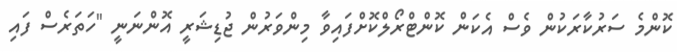
ކޮންމެ ސަރުކާރަކުން ވެސް އެކަން ކޮންޓްރޯލްކޮށްފައިވާ މިންވަރުން ޖުޑިޝަރީ އޮންނަނީ "ހަތަރެސް ފައި